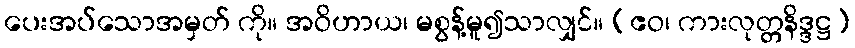
ပေးအပ်သောအမှတ် ကို။ အဝိဟာယ၊ မစွန့်မူ၍သာလျှင်။ (ဧဝ၊ ကားလုတ္တနိဒ္ဒဋ္ဌ)